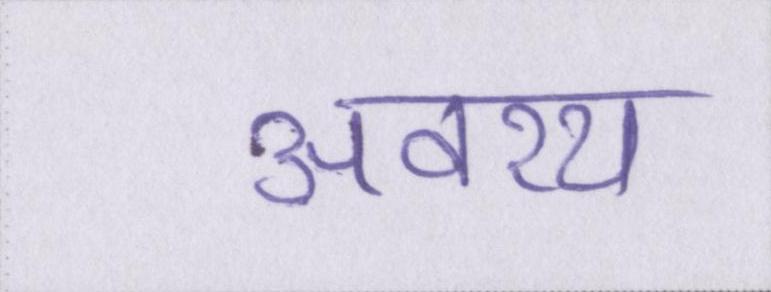
अवश्य